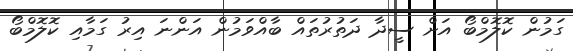
ގަމުން ކޮލޮމްބޯ އަށް ސީދާ ދަތުރުތައް ބާއްވަމުން އަންނަ އިރު ގަމާއި ކޮލޮމްބޯ